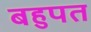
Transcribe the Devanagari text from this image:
बहुपत